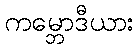
ကမ္ဘောဒီယား